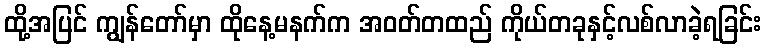
ထို့အပြင် ကျွန်တော်မှာ ထိုနေ့မနက်က အဝတ်တထည် ကိုယ်တခုနှင့်လစ်လာခဲ့ရခြင်း